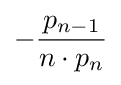
-{\frac {p_{n-1}}{n\cdot p_{n}}}